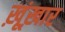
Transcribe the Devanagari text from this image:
ख़ूंख़ार